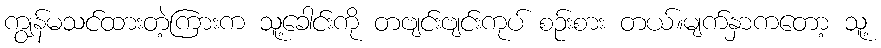
ကျွန်မသင်ထားတဲ့ကြားက သူ့ခေါင်းကို တဗျင်းဗျင်းကုပ် စဉ်းစား တယ်။မျက်နှာကတော့ သူ့